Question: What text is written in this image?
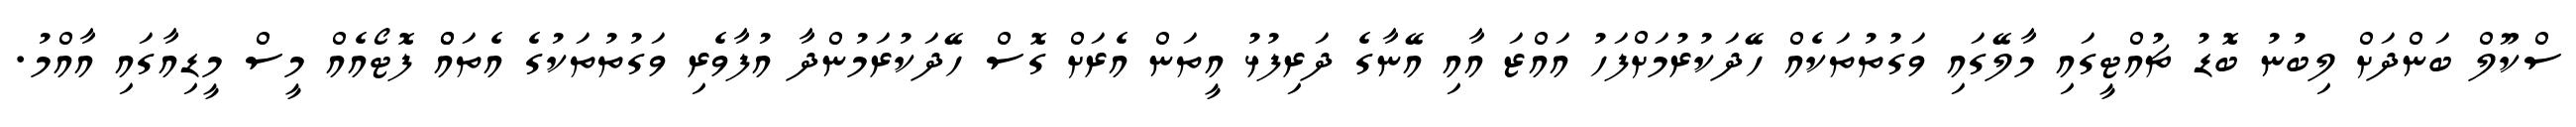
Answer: ސްކޫލް ބަންދަށް ލިބުނު ބޮޑު ޗުއްޓީގައި މާލޭގައި ވަގުތުތަކެއް ހޭދަކުރުމަށްފަހު އައްޒަ އާއި އޭނާގެ ދަރިފުޅު އީތަން އެރަށް ގޮސް ހޭދަކުރަމުންދާ އުފާވެރި ވަގުތުތަކުގެ އެތައްް ފޮޓޯއެއް މީސް މީޑިއާގައި އާއްމު.